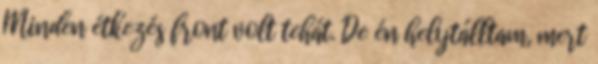
Minden étkezés front volt tehát. De én helytálltam, mert